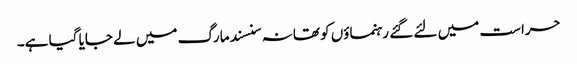
حراست میں لئے گئے رہنماؤں کو تھانہ سنسند مارگ میں لے جایا گیا ہے۔